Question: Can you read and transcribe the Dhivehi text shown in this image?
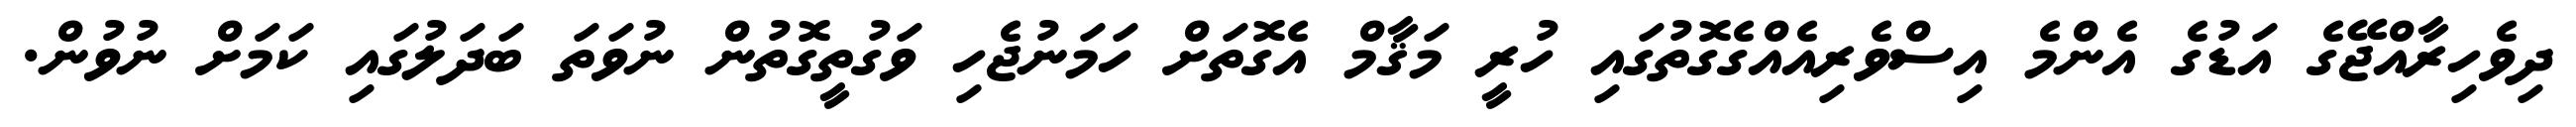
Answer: ދިވެހިރާއްޖޭގެ އަޑުގެ އެންމެ އިސްވެރިއެއްގެގޮތުގައި ހުރީ މަޤާމް އެގޮތަށް ހަމަނުޖެހި ވަގުތީގޮތުން ނުވަތަ ބަދަލުގައި ކަމަށް ނުވުން.